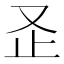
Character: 𭆨